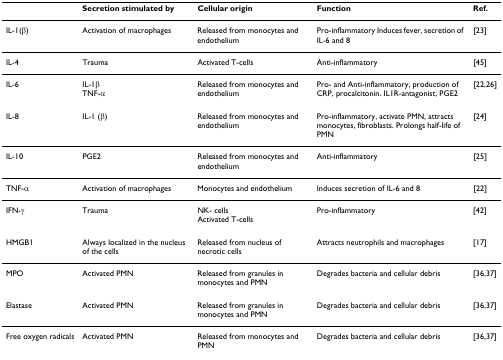
<table><thead><tr><td></td><td><b>Secretion stimulated by</b></td><td><b>Cellular origin</b></td><td><b>Function</b></td><td><b>Ref.</b></td></tr></thead><tbody><tr><td>IL-1(β)</td><td>Activation of macrophages</td><td>Released from monocytes and endothelium</td><td>Pro-inflammatory Induces fever, secretion of IL-6 and 8</td><td>[23]</td></tr><tr><td>IL-4</td><td>Trauma</td><td>Activated T-cells</td><td>Anti-inflammatory</td><td>[45]</td></tr><tr><td>IL-6</td><td>IL-1βTNF-α</td><td>Released from monocytes and endothelium</td><td>Pro- and Anti-inflammatory, production of CRP, procalcitonin. IL1R-antagonist, PGE2</td><td>[22,26]</td></tr><tr><td>IL-8</td><td>IL-1 (β)</td><td>Released from monocytes and endothelium</td><td>Pro-inflammatory, activate PMN, attracts monocytes, fibroblasts. Prolongs half-life of PMN</td><td>[24]</td></tr><tr><td>IL-10</td><td>PGE2</td><td>Released from monocytes and endothelium</td><td>Anti-inflammatory</td><td>[25]</td></tr><tr><td>TNF-α</td><td>Activation of macrophages</td><td>Monocytes and endothelium</td><td>Induces secretion of IL-6 and 8</td><td>[22]</td></tr><tr><td>IFN-γ</td><td>Trauma</td><td>NK- cellsActivated T-cells</td><td>Pro-inflammatory</td><td>[42]</td></tr><tr><td>HMGB1</td><td>Always localized in the nucleus of the cells</td><td>Released from nucleus of necrotic cells</td><td>Attracts neutrophils and macrophages</td><td>[17]</td></tr><tr><td>MPO</td><td>Activated PMN</td><td>Released from granules in monocytes and PMN</td><td>Degrades bacteria and cellular debris</td><td>[36,37]</td></tr><tr><td>Elastase</td><td>Activated PMN</td><td>Released from granules in monocytes and PMN</td><td>Degrades bacteria and cellular debris</td><td>[36,37]</td></tr><tr><td>Free oxygen radicals</td><td>Activated PMN</td><td>Released from monocytes and PMN</td><td>Degrades bacteria and cellular debris</td><td>[36,37]</td></tr></tbody></table>